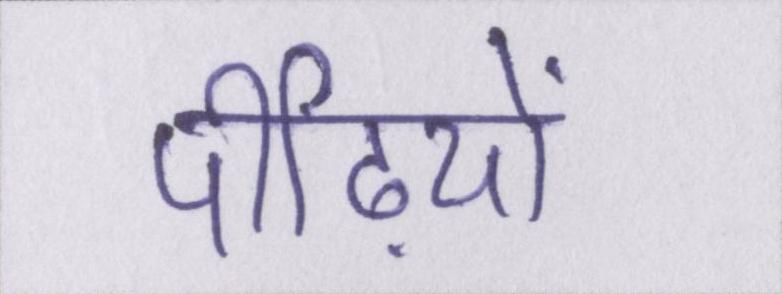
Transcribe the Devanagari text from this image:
पीढ़ियों